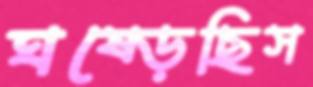
ঘষ্‌ড়েছিস